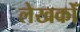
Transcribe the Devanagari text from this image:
लेखकोँ